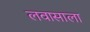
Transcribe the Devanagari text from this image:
लवासाला